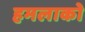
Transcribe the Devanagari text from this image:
हमलाको